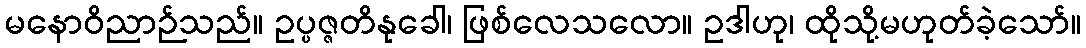
မနောဝိညာဉ်သည်။ ဥပ္ပဇ္ဇတိနုခေါ၊ ဖြစ်လေသလော။ ဥဒါဟု၊ ထိုသို့မဟုတ်ခဲ့သော်။